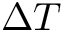
\Delta T